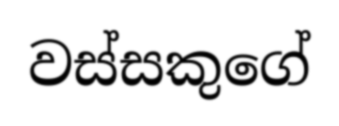
වස්සකුගේ